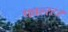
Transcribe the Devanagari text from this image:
फाल्स्टर